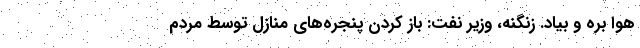
هوا بره و بیاد. زنگنه، وزیر نفت: باز کردن پنجره‌های منازل توسط مردم